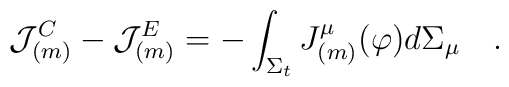
{\cal J}^C_{(m)}-{\cal J}^E_{(m)}=-\int_{\Sigma_t}J_{(m)}^\mu(\varphi)d\Sigma_\mu~~~.